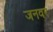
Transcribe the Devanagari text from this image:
जनवर